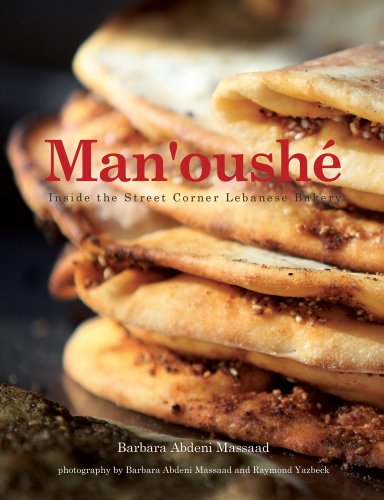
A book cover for Man'oushe: Inside the Street Corner Lebanese Bakery; Barbara Abdeni Massaad; Cookbooks, Food & Wine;